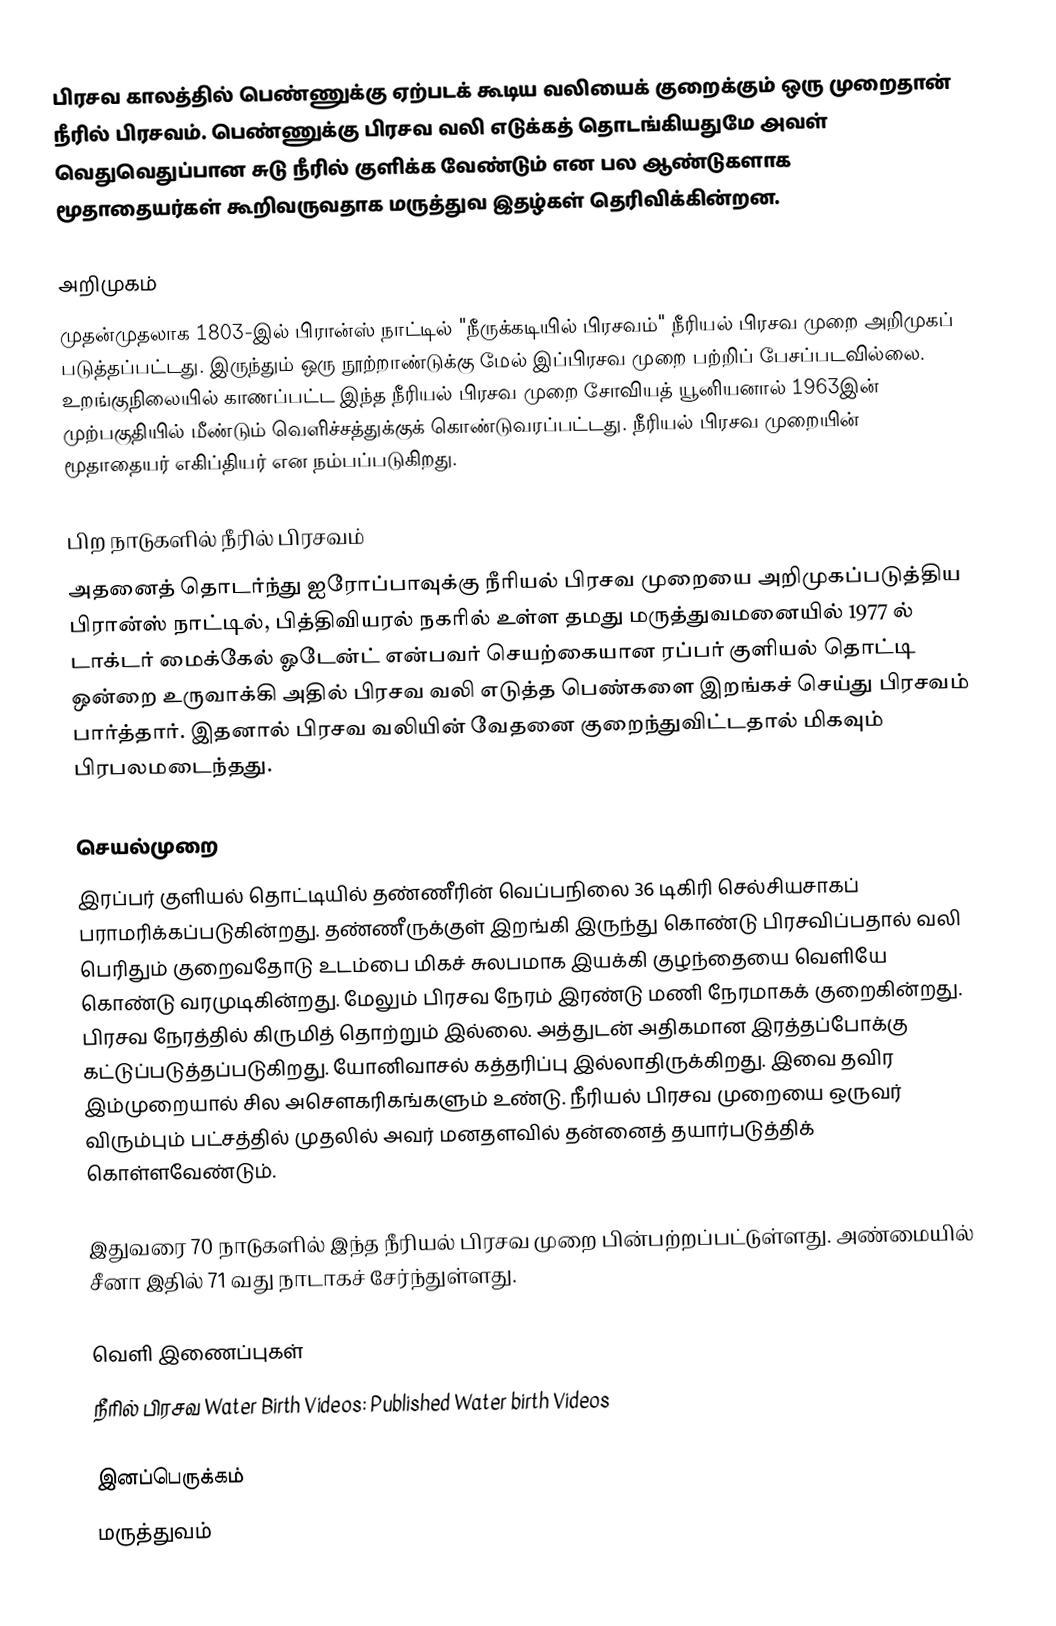
பிரசவ காலத்தில் பெண்ணுக்கு ஏற்படக் கூடிய வலியைக் குறைக்கும் ஒரு முறைதான் நீரில் பிரசவம். பெண்ணுக்கு பிரசவ வலி எடுக்கத் தொடங்கியதுமே அவள் வெதுவெதுப்பான சுடு நீரில் குளிக்க வேண்டும் என பல ஆண்டுகளாக மூதாதையர்கள் கூறிவருவதாக மருத்துவ இதழ்கள் தெரிவிக்கின்றன.

அறிமுகம்
முதன்முதலாக 1803-இல் பிரான்ஸ் நாட்டில் "நீருக்கடியில் பிரசவம்" நீரியல் பிரசவ முறை அறிமுகப் படுத்தப்பட்டது. இருந்தும் ஒரு நூற்றாண்டுக்கு மேல் இப்பிரசவ முறை பற்றிப் பேசப்படவில்லை. உறங்குநிலையில் காணப்பட்ட இந்த நீரியல் பிரசவ முறை சோவியத் யூனியனால் 1963இன் முற்பகுதியில் மீண்டும் வெளிச்சத்துக்குக் கொண்டுவரப்பட்டது. நீரியல் பிரசவ முறையின் மூதாதையர் எகிப்தியர் என நம்பப்படுகிறது.

பிற நாடுகளில் நீரில் பிரசவம்
அதனைத் தொடர்ந்து ஐரோப்பாவுக்கு நீரியல் பிரசவ முறையை அறிமுகப்படுத்திய பிரான்ஸ் நாட்டில், பித்திவியரல் நகரில் உள்ள தமது மருத்துவமனையில் 1977 ல் டாக்டர் மைக்கேல் ஓடேன்ட் என்பவர் செயற்கையான ரப்பர் குளியல் தொட்டி ஒன்றை உருவாக்கி அதில் பிரசவ வலி எடுத்த பெண்களை இறங்கச் செய்து பிரசவம் பார்த்தார். இதனால் பிரசவ வலியின் வேதனை குறைந்துவிட்டதால் மிகவும் பிரபலமடைந்தது.

செயல்முறை
இரப்பர் குளியல் தொட்டியில் தண்ணீரின் வெப்பநிலை 36 டிகிரி செல்சியசாகப் பராமரிக்கப்படுகின்றது. தண்ணீருக்குள் இறங்கி இருந்து கொண்டு பிரசவிப்பதால் வலி பெரிதும் குறைவதோடு உடம்பை மிகச் சுலபமாக இயக்கி குழந்தையை வெளியே கொண்டு வரமுடிகின்றது. மேலும் பிரசவ நேரம் இரண்டு மணி நேரமாகக் குறைகின்றது. பிரசவ நேரத்தில் கிருமித் தொற்றும் இல்லை. அத்துடன் அதிகமான இரத்தப்போக்கு கட்டுப்படுத்தப்படுகிறது. யோனிவாசல் கத்தரிப்பு இல்லாதிருக்கிறது. இவை தவிர இம்முறையால் சில அசெளகரிகங்களும் உண்டு. நீரியல் பிரசவ முறையை ஒருவர் விரும்பும் பட்சத்தில் முதலில் அவர் மனதளவில் தன்னைத் தயார்படுத்திக் கொள்ளவேண்டும்.

இதுவரை 70 நாடுகளில் இந்த நீரியல் பிரசவ முறை பின்பற்றப்பட்டுள்ளது. அண்மையில் சீனா இதில் 71 வது நாடாகச் சேர்ந்துள்ளது.

வெளி இணைப்புகள்
 நீரில் பிரசவ Water Birth Videos: Published Water birth Videos

இனப்பெருக்கம்
மருத்துவம்